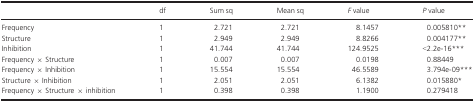
<table><thead><tr><td></td><td><b>df</b></td><td><b>Sum sq</b></td><td><b>Mean sq</b></td><td><b><i>F</i> value</b></td><td><b><i>P</i> value</b></td></tr></thead><tbody><tr><td>Frequency</td><td>1</td><td>2.721</td><td>2.721</td><td>8.1457</td><td>0.005810**</td></tr><tr><td>Structure</td><td>1</td><td>2.949</td><td>2.949</td><td>8.8266</td><td>0.004177**</td></tr><tr><td>Inhibition</td><td>1</td><td>41.744</td><td>41.744</td><td>124.9525</td><td>&lt;2.2e-16***</td></tr><tr><td>Frequency × Structure</td><td>1</td><td>0.007</td><td>0.007</td><td>0.0198</td><td>0.88449</td></tr><tr><td>Frequency × Inhibition</td><td>1</td><td>15.554</td><td>15.554</td><td>46.5589</td><td>3.794e-09***</td></tr><tr><td>Structure × Inhibition</td><td>1</td><td>2.051</td><td>2.051</td><td>6.1382</td><td>0.015880*</td></tr><tr><td>Frequency × Structure × inhibition</td><td>1</td><td>0.398</td><td>0.398</td><td>1.1900</td><td>0.279418</td></tr></tbody></table>